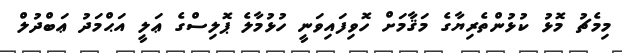
މިމެޗު މޮޅު ކުޅުންތެރިޔާގެ މަޤާމަށް ހޮވިފައިވަނީ ހުޅުމާލެ ޕޮލިސްގެ ޢަލީ އަޙްމަދު ޢަބްދުލް